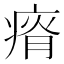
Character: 𰣰